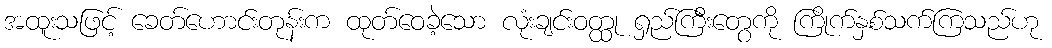
အထူးသဖြင့် ခေတ်ဟောင်းတုန်းက ထုတ်ဝေခဲ့သော လုံးချင်းဝတ္ထု ရှည်ကြီးတွေကို ကြိုက်နှစ်သက်ကြသည်ဟု